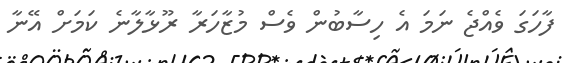
ފާހަގަ ވެއްޖެ ނަމަ އެ ހިސާބުން ވެސް މުޒާހަރާ ރޫޅާލާނެ ކަމަށް އޭނާ